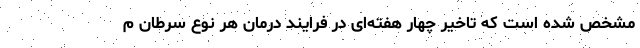
مشخص شده است که تاخیر چهار هفته‌ای در فرایند درمان هر نوع سرطان م